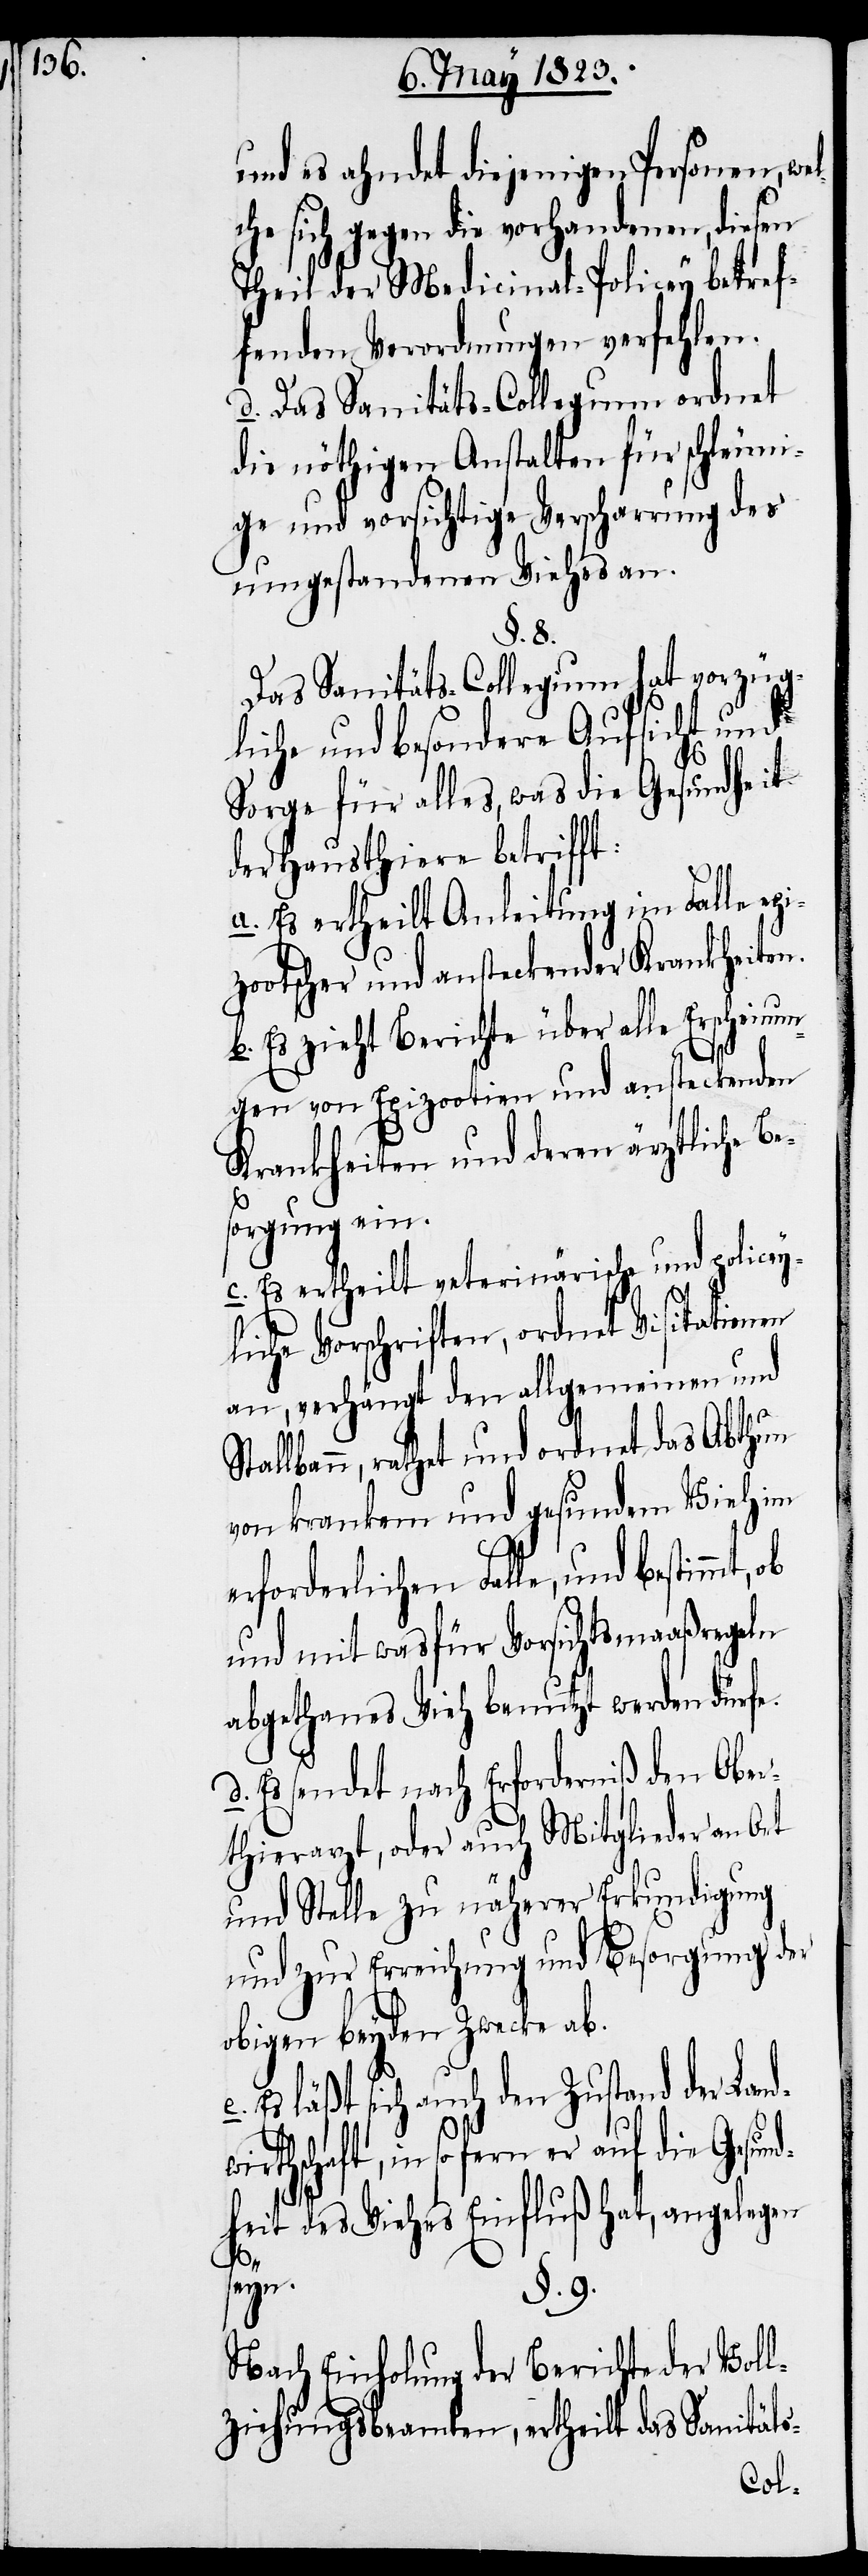
und es ahndet diejenigen Personen, wel¬
che sich gegen die vorhandenen, diesen
Theil der Medicinal-Policey betref¬
fenden Verordnungen verfehlen.
d. Das Sanitäts-Collegium ordnet
die nöthigen Anstalten für schleuni¬
ge und vorsichtige Verscharrung des
umgestandenen Viehes an.
§. 8.
Das Sanitäts-Collegium hat vorzüg¬
liche und besondere Aufsicht und
Sorge für alles, was die Gesundheit
der Hausthiere betrifft:
a. Es ertheilt Anleitung im Falle e¬
otscher und ansteckender Krankheiten.
b. Es zieht Bericht über alle Erscheinun¬
gen von Epizootien und ansteckenden
Krankheiten und deren ärztliche B¬
sorgung ein.
c. Es ertheilt veterinärische und policey¬
liche Vorschriften, ordnet Visitationen
an, verhängt den allgemeinen und
lbann, rathet und ordnet das Abthun
von krankem und gesundem Vieh im
erforderlichen Falle, und bestimmt,
und mit was für Vorsichtsmaaßregeln
abgethanes Vieh benutzt werden dürfe.
d. Es sendet nach Erforderniß den Ober¬
thierarzt, oder auch Mitglieder an Ort
und Stelle zu näherer Erkundigung
und zur Erreichung und Besorgung der
obigen beyden Zwecke ab.
Es läßt sich auch den Zustand der Land¬
hschaft, in so fern er auf die Gesun¬
dheit des Viehes Einfluß hat, angelegen
e.
seyn.
§. 9.
Nach Einholung der Berichte der Voll¬
ziehungsbeamten, ertheilt das Sanitäts-
Stal¬